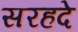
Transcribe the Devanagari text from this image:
सरहदे